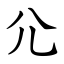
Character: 尣